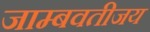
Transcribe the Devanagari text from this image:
जाम्बवतीजय